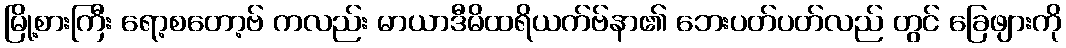
မြို့စားကြီး ရော့စတော့ဗ် ကလည်း မာယာဒီမိထရိယက်ဗ်နာ၏ ဘေးပတ်ပတ်လည် တွင် ခြေဖျားကို